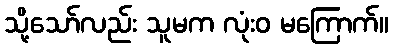
သို့သော်လည်း သူမက လုံးဝ မကြောက်။